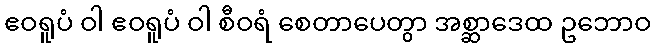
ဧဝရူပံ ဝါ ဧဝရူပံ ဝါ စီဝရံ စေတာပေတွာ အစ္ဆာဒေထ ဥဘောဝ